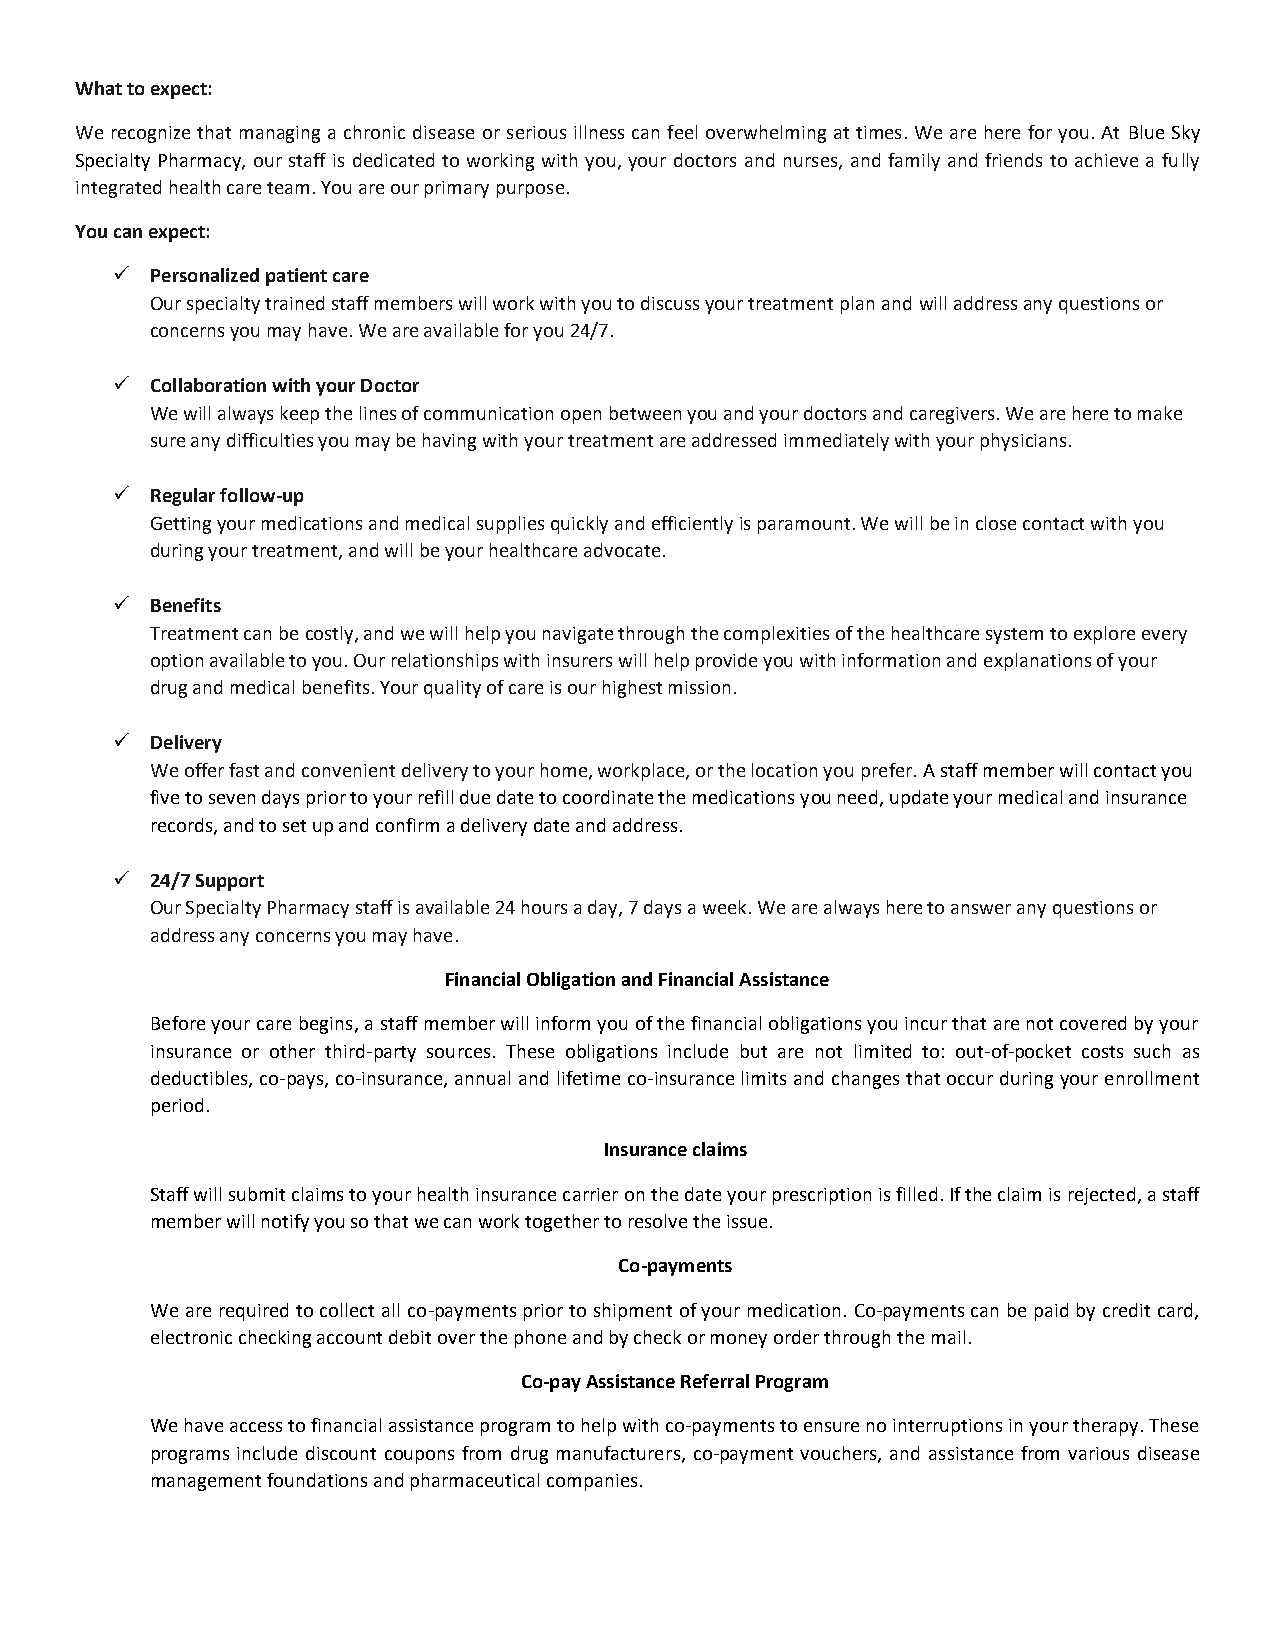
What to expect:
 We recognize that managing a chronic disease or serious illness can feel overwhelming at times. We are here for you. At Blue Sky
 Specialty Pharmacy, our staff is dedicated to working with you, your doctors and nurses, and family and friends to achieve a fully
 integrated health care team. You are our primary purpose.
 You can expect:
 ✓  Personalized patient care
 Our specialty trained staff members will work with you to discuss your treatment plan and will address any questions or
 concerns you may have. We are available for you 24/7.
 ✓  Collaboration with your Doctor
 We will always keep the lines of communication open between you and your doctors and caregivers. We are here to make
 sure any difficulties you may be having with your treatment are addressed immediately with your physicians.
 ✓  Regular follow-up
 Getting your medications and medical supplies quickly and efficiently is paramount. We will be in close contact with you
 during your treatment, and will be your healthcare advocate.
 ✓  Benefits
 Treatment can be costly, and we will help you navigate through the complexities of the healthcare system to explore every
 option available to you. Our relationships with insurers will help provide you with information and explanations of your
 drug and medical benefits. Your quality of care is our highest mission.
 ✓  Delivery
 We offer fast and convenient delivery to your home, workplace, or the location you prefer. A staff member will contact you
 five to seven days prior to your refill due date to coordinate the medications you need, update your medical and insurance
 records, and to set up and confirm a delivery date and address.
 ✓  24/7 Support
 Our Specialty Pharmacy staff is available 24 hours a day, 7 days a week. We are always here to answer any questions or
 address any concerns you may have.
 Financial Obligation and Financial Assistance
 Before your care begins, a staff member will inform you of the financial obligations you incur that are not covered by your
 insurance or other third-party sources. These obligations include but are not limited to: out-of-pocket costs such as
 deductibles, co-pays, co-insurance, annual and lifetime co-insurance limits and changes that occur during your enrollment
 period.
 Insurance claims
 Staff will submit claims to your health insurance carrier on the date your prescription is filled. If the claim is rejected, a staff
 member will notify you so that we can work together to resolve the issue.
 Co-payments
 We are required to collect all co-payments prior to shipment of your medication. Co-payments can be paid by credit card,
 electronic checking account debit over the phone and by check or money order through the mail.
 Co-pay Assistance Referral Program
 We have access to financial assistance program to help with co-payments to ensure no interruptions in your therapy. These
 programs include discount coupons from drug manufacturers, co-payment vouchers, and assistance from various disease
 management foundations and pharmaceutical companies.